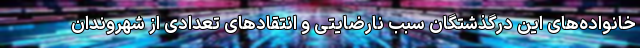
خانواده‌های این درگذشتگان سبب نارضایتی و انتقادهای تعدادی از شهروندان